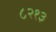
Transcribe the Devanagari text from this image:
८२१३